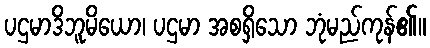
ပဌမာဒိဘူမိယော၊ ပဌမာ အစရှိသော ဘုံမည်ကုန်၏။